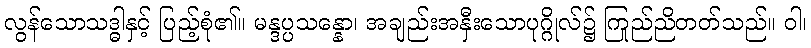
လွန်သောသဒ္ဓါနှင့် ပြည့်စုံ၏။ မန္ဒပ္ပသန္နော၊ အချည်းအနှီးသောပုဂ္ဂိုလ်၌ ကြည်ညိုတတ်သည်။ ဝါ၊